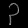
Digit: ၃